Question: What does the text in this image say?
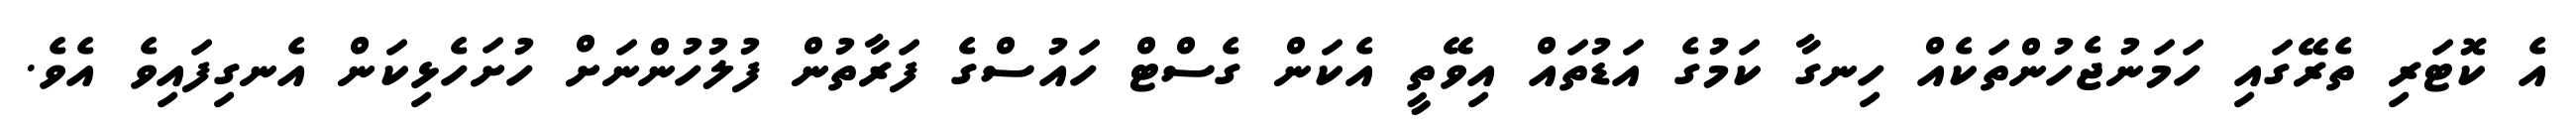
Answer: އެ ކޮޓަރި ތެރޭގައި ހަމަނުޖެހުންތަކެއް ހިނގާ ކަމުގެ އަޑުތައް އިވޭތީ އެކަން ގެސްޓް ހައުސްގެ ފަރާތުން ފުލުހުންނަށް ހުށަހެޅިކަން އެނގިފައިވެ އެވެ.